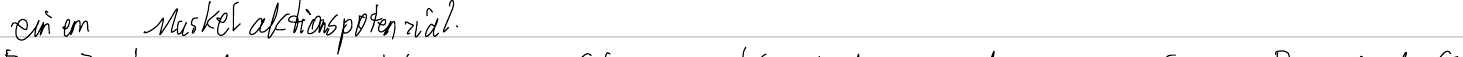
einem Muskelaktionspotenzial